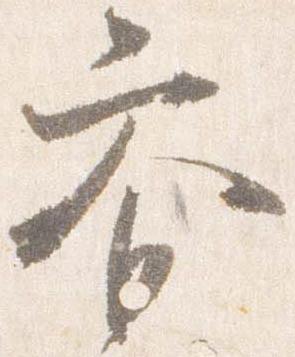
参